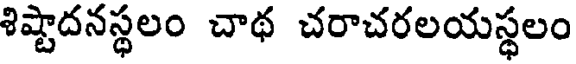
శిష్టాదనస్థలం చాథ చరాచరలయస్థలం